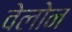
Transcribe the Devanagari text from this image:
वेलोन